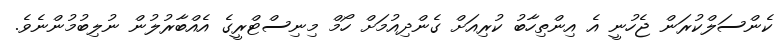
ކެންސަލްކުރަން ޖެހުނީ އެ އިންތިހާބު ކުރިއަށް ގެންދިއުމަށް ހޯމް މިނިސްޓްރީގެ އެއްބާރުލުން ނުލިބުމުންނެވެ.